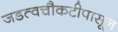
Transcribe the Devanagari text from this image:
जडत्वचौकटीपासून